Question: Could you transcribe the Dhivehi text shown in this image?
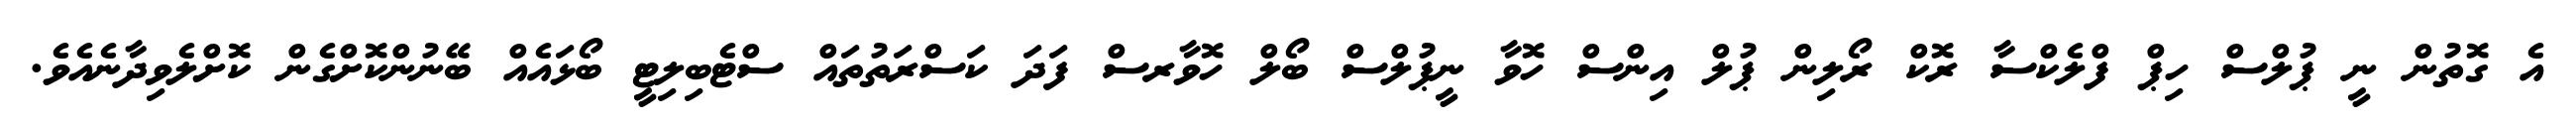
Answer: އެ ގޮތުން ނީ ޕުލްސް ހިޕް ފްލެކްސާ ރޮކް ރޯލިން ޕުލް އިންސް ހޮވާ ނީޕުލްސް ބޯލް ހޮވާރސް ފަދަ ކަސްރަތުތައް ސްޓެބިލިޓީ ބޯޅައެއް ބޭނުންކޮށްގެން ކޮށްލެވިދާނެއެވެ.